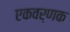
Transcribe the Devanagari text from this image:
एकवर्णक